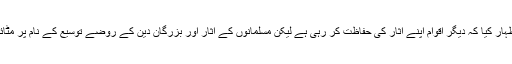
علمائے کرام نے اس امر پر افسوس کا اظہار کیا کہ دیگر اقوام اپنے آثار کی حفاظت کر رہی ہے لیکن مسلمانوں کے آثار اور بزرگان دین کے روضے توسیع کے نام پر مٹائے جا رہے ہیں، جو نہایت شرمناک ہے۔